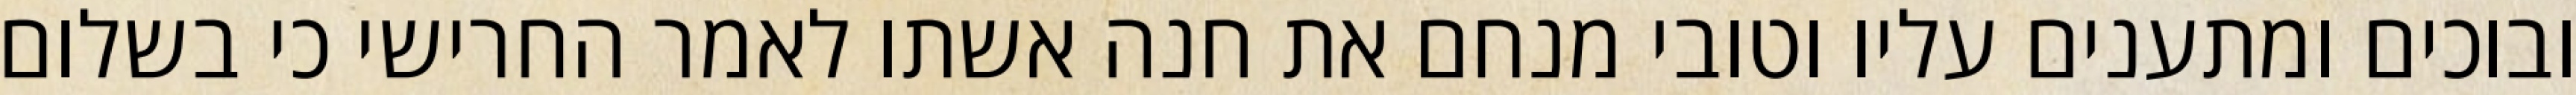
ובוכים ומתענים עליו וטובי מנחם את חנה אשתו לאמר החרישי כי בשלום